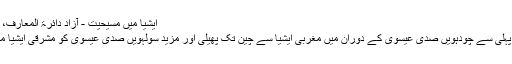
ایشیا میں مسیحیت - آزاد دائرۃ المعارف، ویکیپیڈیا
مسیحیت پہلی سے چودہویں صدی عیسوی کے دوران میں مغربی ایشیا سے چین تک پھیلی اور مزید سولہویں صدی عیسوی کو مشرقی ایشیا میں پھیلی۔